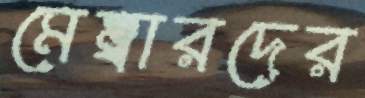
মেম্বারদের